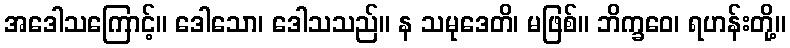
အဒေါသကြောင့်။ ဒေါသော၊ ဒေါသသည်။ န သမုဒေတိ၊ မဖြစ်။ ဘိက္ခဝေ၊ ရဟန်းတို့။